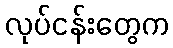
လုပ်ငန်းတွေက